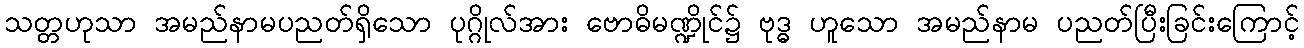
သတ္တဟုသာ အမည်နာမပညတ်ရှိသော ပုဂ္ဂိုလ်အား ဗောဓိမဏ္ဍိုင်၌ ဗုဒ္ဓ ဟူသော အမည်နာမ ပညတ်ပြီးခြင်းကြောင့်